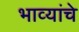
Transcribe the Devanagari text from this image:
भाव्यांचे